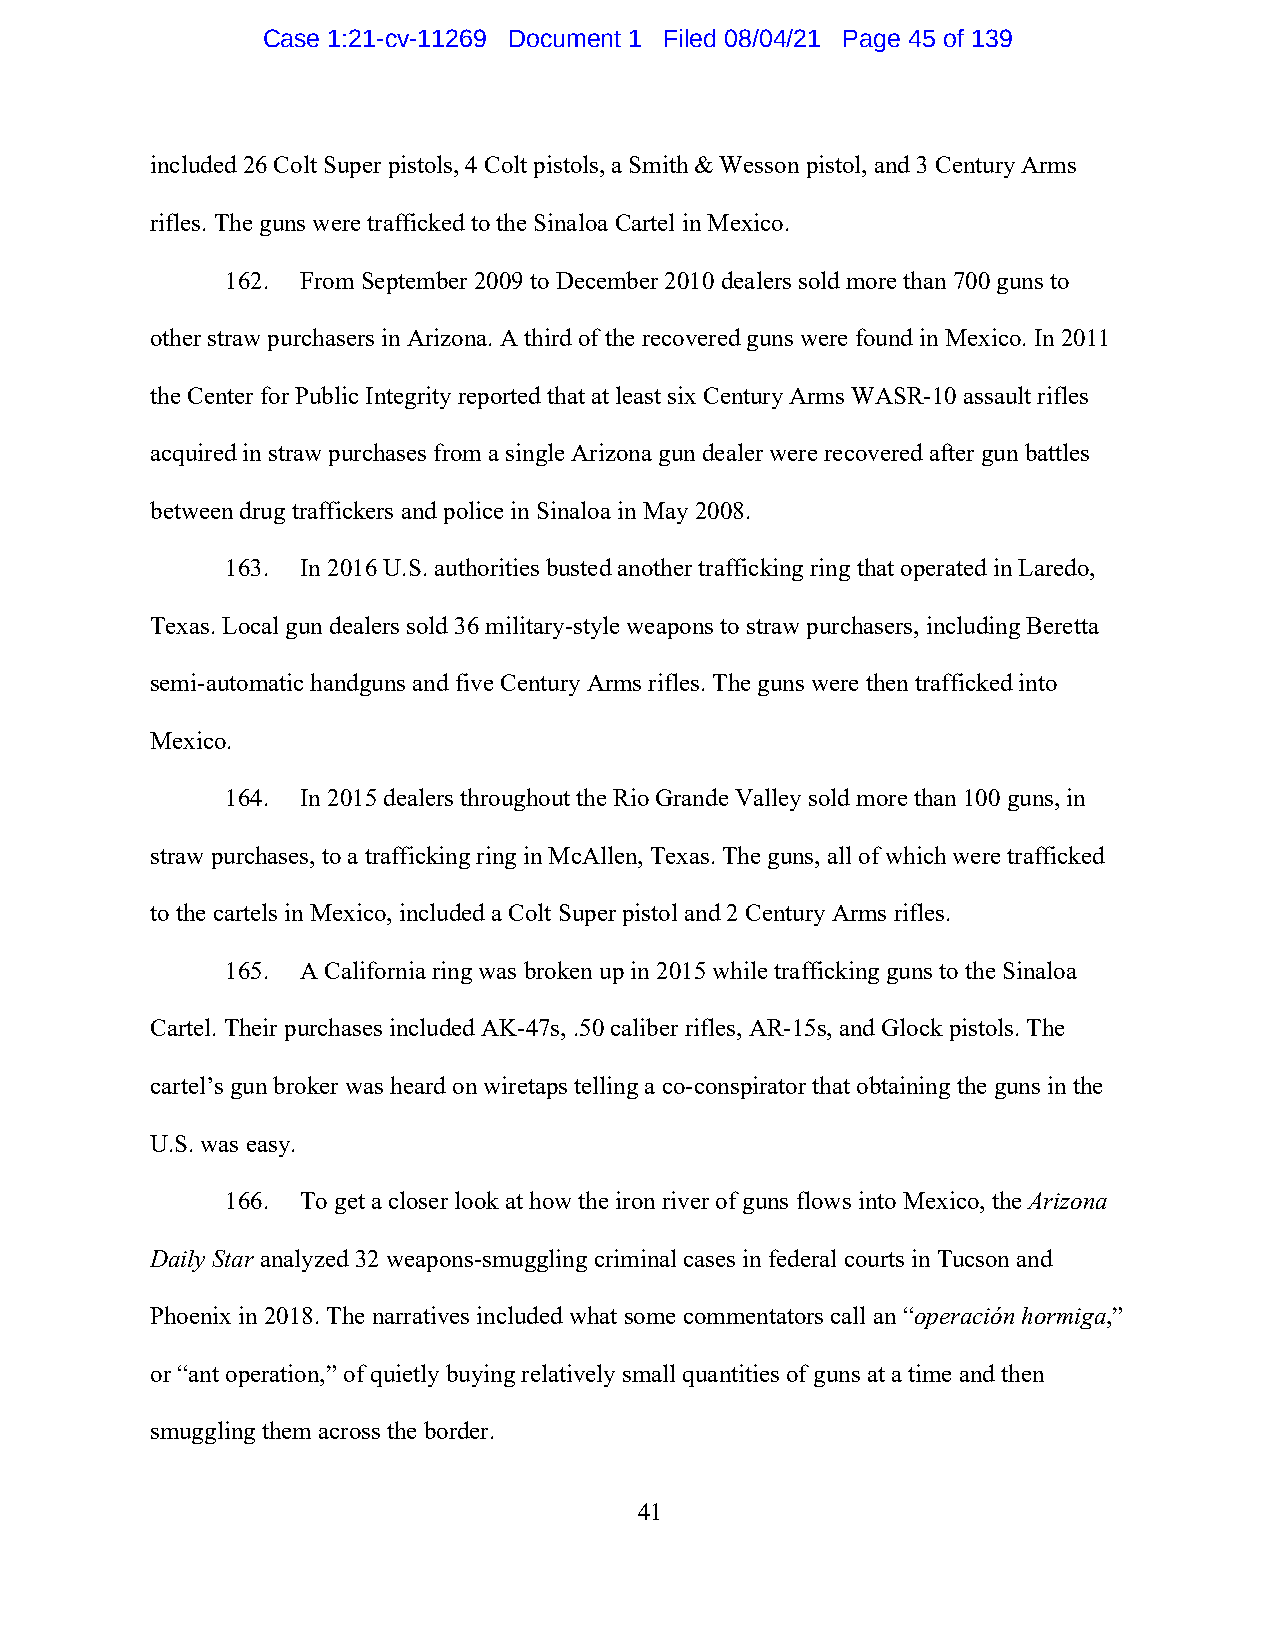
Case 1:21-cv-11269 Document 1 Filed 08/04/21 Page 45 of 139
 included 26 Colt Super pistols, 4 Colt pistols, a Smith & Wesson pistol, and 3 Century Arms
 rifles. The guns were trafficked to the Sinaloa Cartel in Mexico.
 162. From September 2009 to December 2010 dealers sold more than 700 guns to
 other straw purchasers in Arizona. A third of the recovered guns were found in Mexico. In 2011
 the Center for Public Integrity reported that at least six Century Arms WASR-10 assault rifles
 acquired in straw purchases from a single Arizona gun dealer were recovered after gun battles
 between drug traffickers and police in Sinaloa in May 2008.
 163. In 2016 U.S. authorities busted another trafficking ring that operated in Laredo,
 Texas. Local gun dealers sold 36 military-style weapons to straw purchasers, including Beretta
 semi-automatic handguns and five Century Arms rifles. The guns were then trafficked into
 Mexico.
 164. In 2015 dealers throughout the Rio Grande Valley sold more than 100 guns, in
 straw purchases, to a trafficking ring in McAllen, Texas. The guns, all of which were trafficked
 to the cartels in Mexico, included a Colt Super pistol and 2 Century Arms rifles.
 165. A California ring was broken up in 2015 while trafficking guns to the Sinaloa
 Cartel. Their purchases included AK-47s, .50 caliber rifles, AR-15s, and Glock pistols. The
 cartel’s gun broker was heard on wiretaps telling a co-conspirator that obtaining the guns in the
 U.S. was easy.
 166. To get a closer look at how the iron river of guns flows into Mexico, the Arizona
 Daily Star analyzed 32 weapons-smuggling criminal cases in federal courts in Tucson and
 Phoenix in 2018. The narratives included what some commentators call an “operación hormiga,”
 or “ant operation,” of quietly buying relatively small quantities of guns at a time and then
 smuggling them across the border.
 41